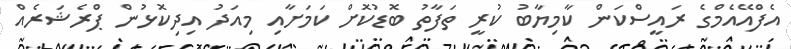
އެފްއޭއެމްގެ ރައީސްކަން ކާމިޔާބު ކުރީ ތަފާތު ބޮޑުކޮށް ކަމަށާއި މިއަދު އިދިކޮޅުން ޕްރެޝަރެއް